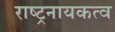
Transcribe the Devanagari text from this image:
राष्ट्रनायकत्व